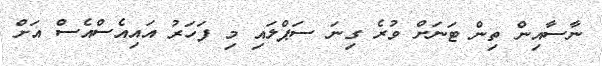
ނާސާއިން ތިން ޓަނަށް ވުރެ ގިނަ ސަޕްލައި މި ފަހަރު އައިއެސްއެސް އަށް